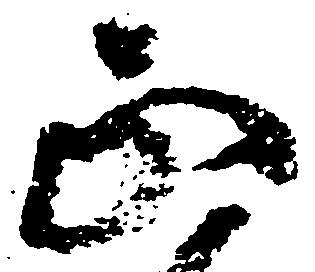
正